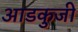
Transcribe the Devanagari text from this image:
आडकुजी